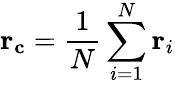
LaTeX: \mathbf{r_{c}}=\frac{1}{N}\sum_{i=1}^{N}\mathbf{r}_{i}